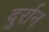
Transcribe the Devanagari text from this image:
दुर्रान